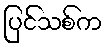
ပြင်သစ်က